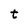
Character: t